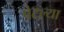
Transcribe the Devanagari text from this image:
पेटल्या